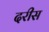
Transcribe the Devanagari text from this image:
दरीस